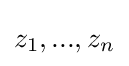
z_{1},...,z_{n}